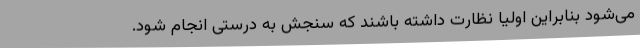
می‌شود بنابراین اولیا نظارت داشته باشند که سنجش به درستی انجام شود.